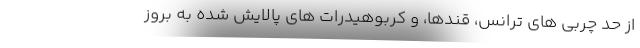
از حد چربی های ترانس، قندها، و کربوهیدرات های پالایش شده به بروز